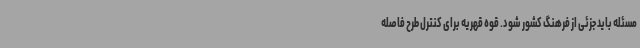
مسئله باید جزئی از فرهنگ کشور شود. قوه قهریه برای کنترل طرح فاصله